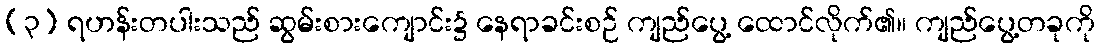
(၃) ရဟန်းတပါးသည် ဆွမ်းစားကျောင်း၌ နေရာခင်းစဉ် ကျည်ပွေ့ ထောင်လိုက်၏။ ကျည်ပွေ့တခုကို